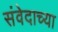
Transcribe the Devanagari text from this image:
संवेदाच्या